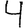
Digit: 4